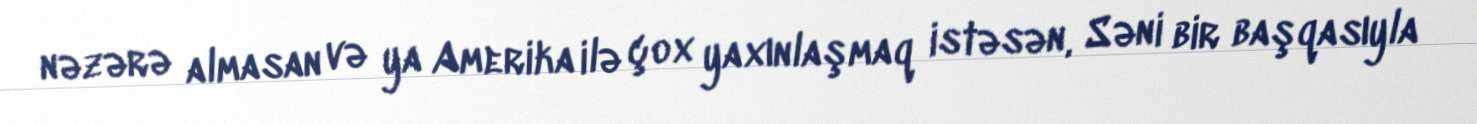
nəzərə almasan və ya Amerika ilə çox yaxınlaşmaq istəsən, Səni bir başqasıyla